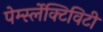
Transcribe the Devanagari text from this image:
पेर्म्स्लेक्टिविटी